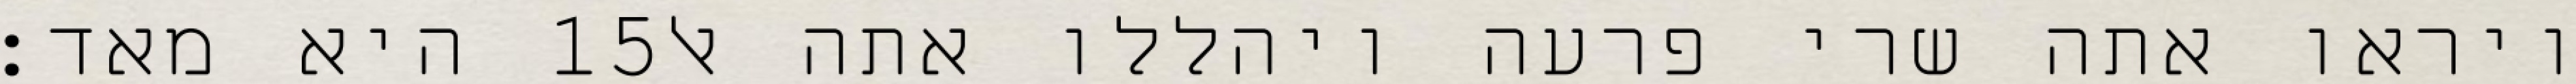
היא מאד׃ ‎15‏ ויראו אתה שרי פרעה ויהללו אתה אל